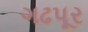
ગઢપૂર